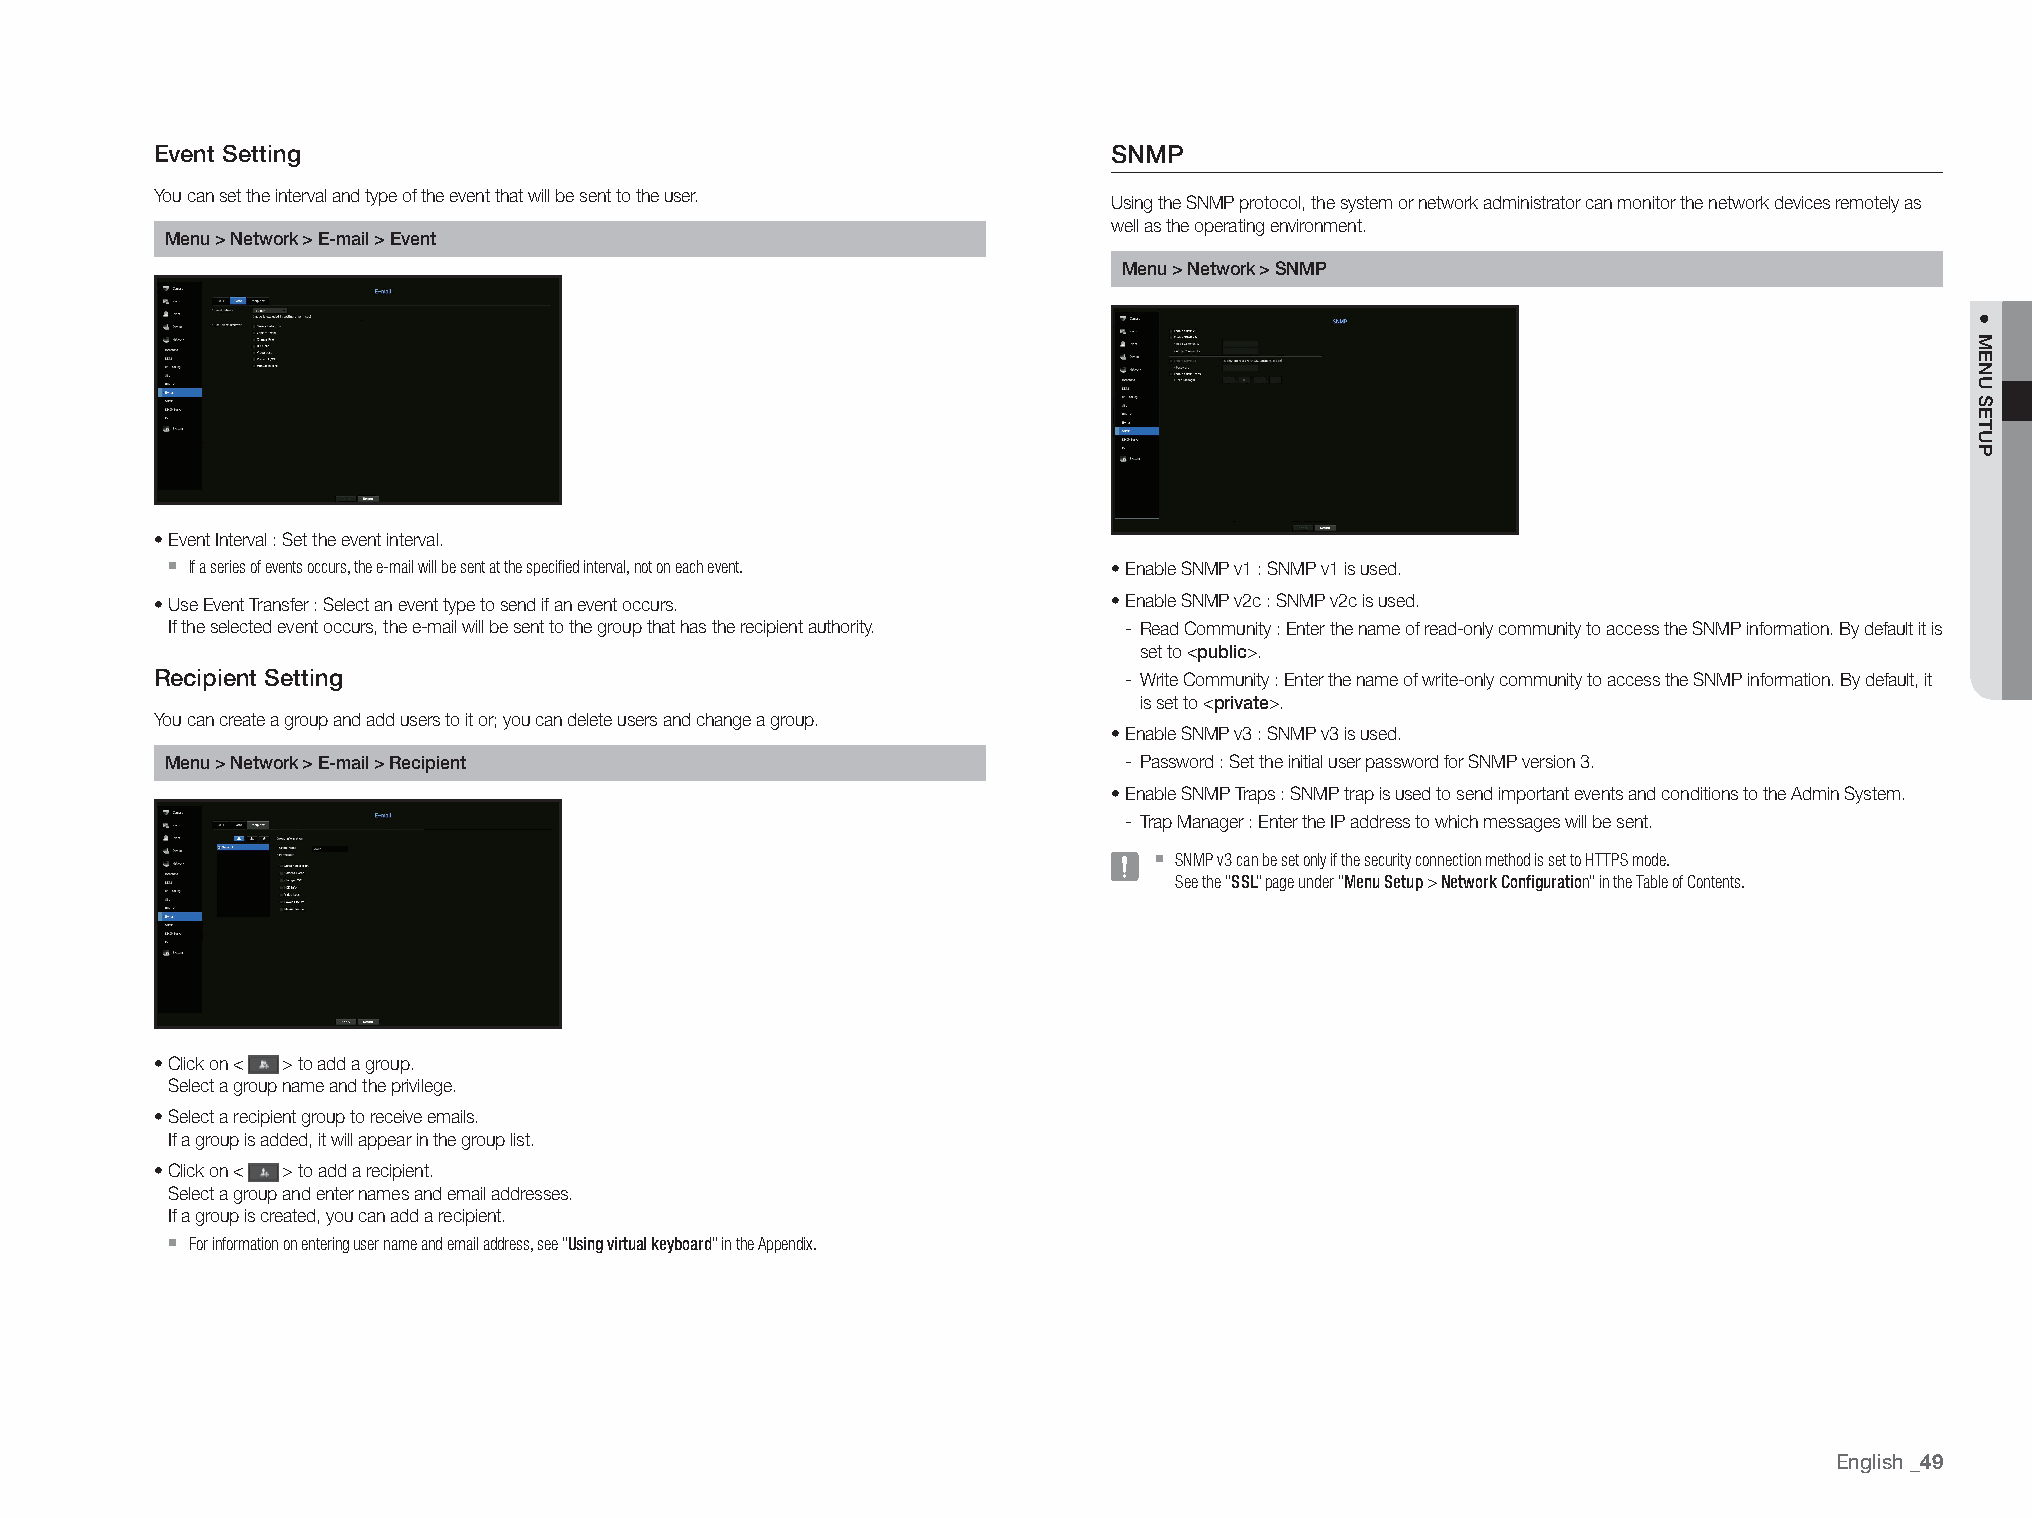
Event Setting                                                   SNMP
 You can set the interval and type of the event that will be sent to the user.
 Using the SNMP protocol, the system or network administrator can monitor the network devices remotely as
 well as the operating environment.
 Menu > Network > E-mail > Event
 Menu > Network > SNMP
 • Event Interval : Set the event interval.
 `
 If a series of events occurs, the e-mail will be sent at the specified interval, not on each event. • Enable SNMP v1 : SNMP v1 is used.
 • Use Event Transfer : Select an event type to send if an event occurs. • Enable SNMP v2c : SNMP v2c is used.
 If the selected event occurs, the e-mail will be sent to the group that has the recipient authority. - Read Community : Enter the name of read-only community to access the SNMP information. By default it is
 set to <public>.
 Recipient Setting                                               - Write Community : Enter the name of write-only community to access the SNMP information. By default, it
 is set to <private>.
 You can create a group and add users to it or; you can delete users and change a group.
 • Enable SNMP v3 : SNMP v3 is used.
 Menu > Network > E-mail > Recipient                            - Password : Set the initial user password for SNMP version 3.
 • Enable SNMP Traps : SNMP trap is used to send important events and conditions to the Admin System.
 - Trap Manager : Enter the IP address to which messages will be sent.
 `
 SNMP v3 can be set only if the security connection method is set to HTTPS mode.
 See the "SSL" page under "Menu Setup > Network Configuration" in the Table of Contents.
 • Click on < > to add a group.
 Select a group name and the privilege.
 • Select a recipient group to receive emails.
 If a group is added, it will appear in the group list.
 • Click on < > to add a recipient.
 Select a group and enter names and email addresses.
 If a group is created, you can add a recipient.
 `
 For information on entering user name and email address, see "Using virtual keyboard" in the Appendix.
 English
 _49
 ●
 MENU
 SETUP